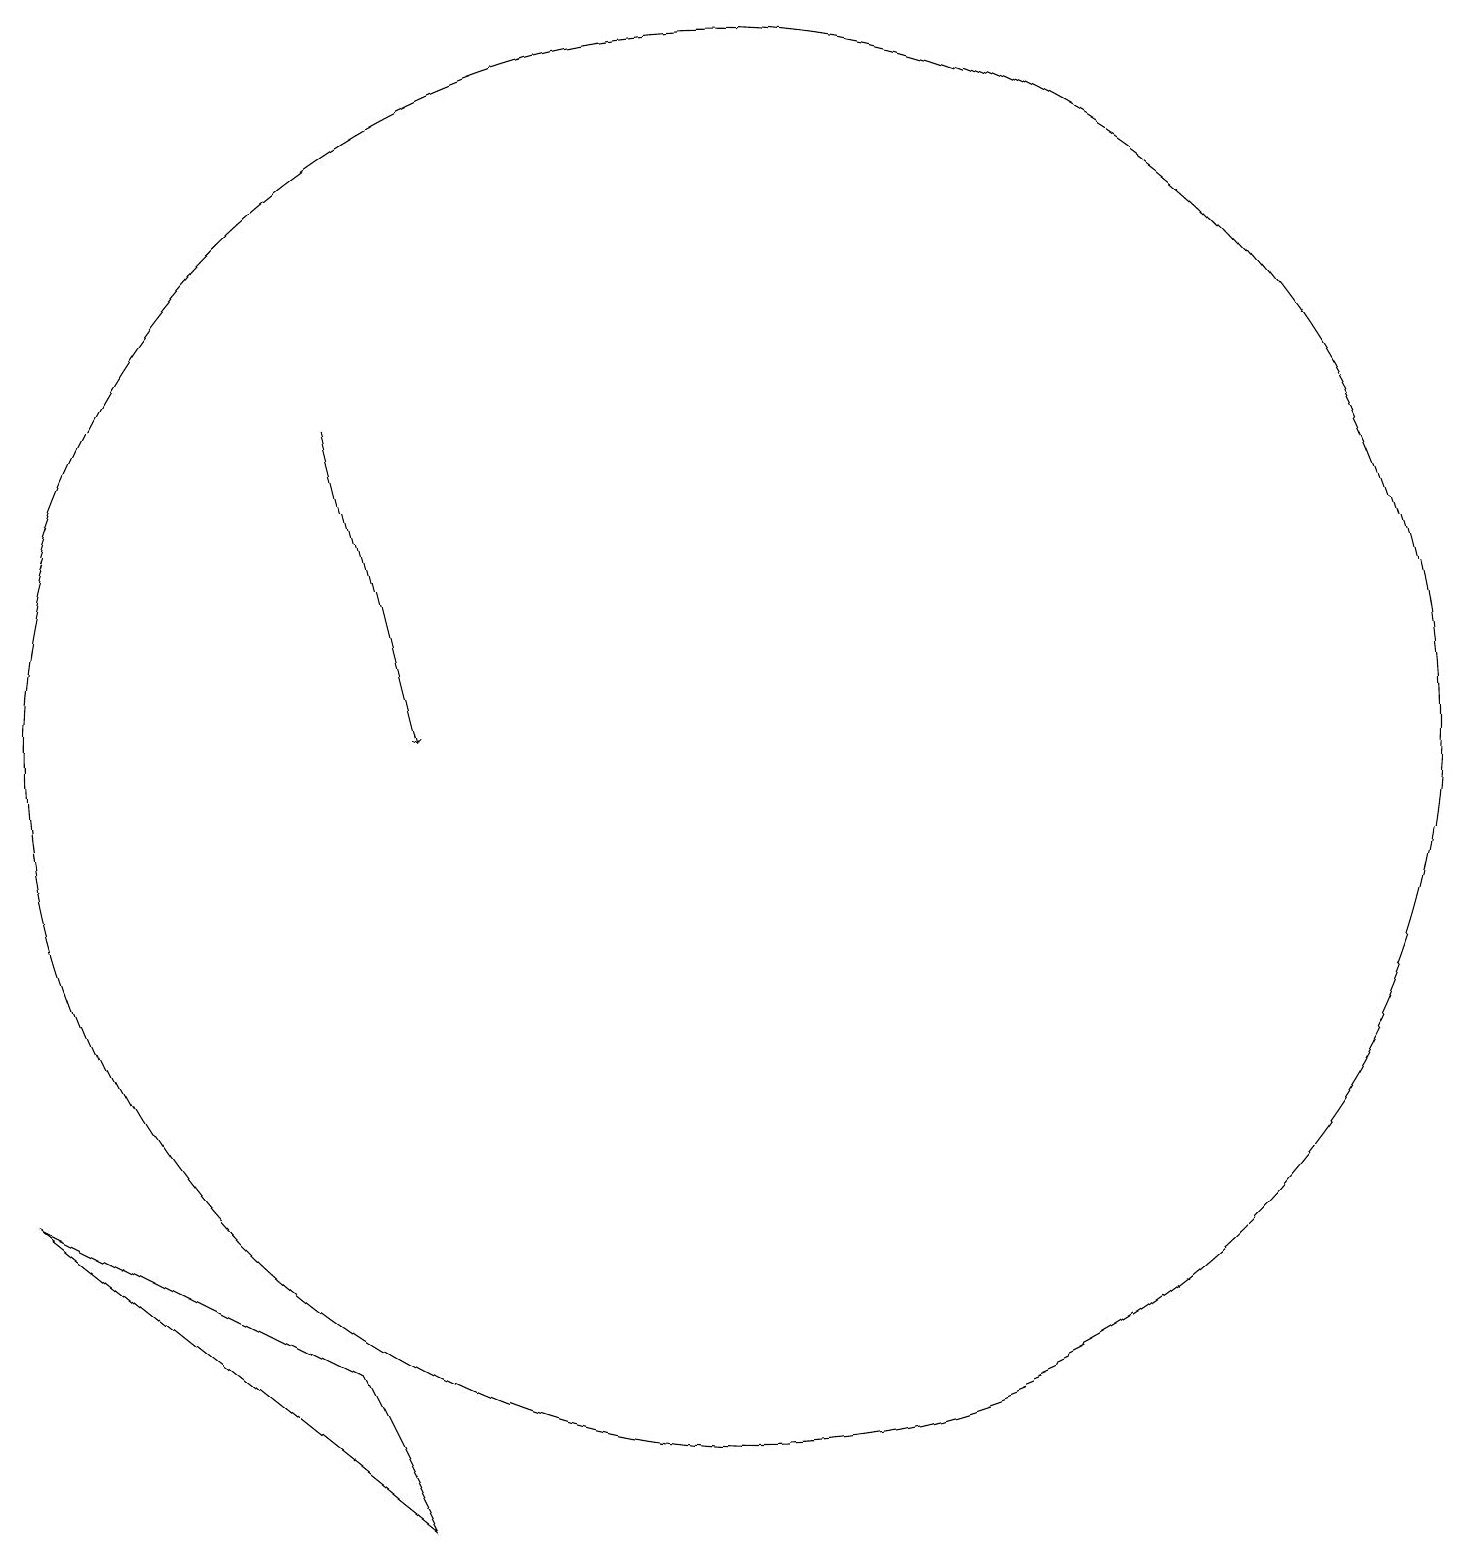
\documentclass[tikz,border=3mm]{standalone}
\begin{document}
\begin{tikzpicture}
\draw (11,10) circle (9);
\draw (6,2) -- (2,4) -- (7,0) -- cycle;
\draw[->] (6,14) -- (7,10);
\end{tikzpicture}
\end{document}